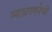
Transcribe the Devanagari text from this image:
व्याघ्रगणनेची